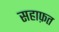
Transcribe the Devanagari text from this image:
सहाफ़त